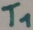
Text: T1